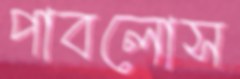
পাবলোস